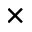
\times